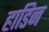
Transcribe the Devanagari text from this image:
हाडिन